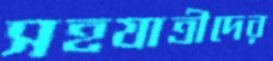
সহযাত্রীদের